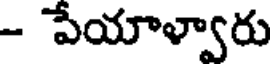
- పేయాళ్వారు